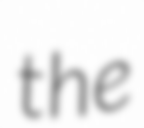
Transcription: the